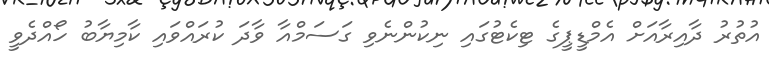
އުތުރު ދާއިރާއަށް އެމްޑީޕީގެ ޓިކެޓުގައި ނިކުންނެވި ގަސަމްއާ ވާދަ ކުރައްވައި ކާމިޔާބު ހޯއްދެވީ